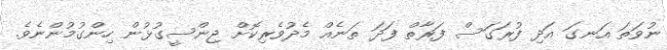
ނުވަތަ އަނގަ އަދި ފުރަގަސް ފަރާތް ފަދަ ތަނެއް މެދުވެރިކޮށް ޖިންސީގުޅުން ހިންގުމުންނެވެ.